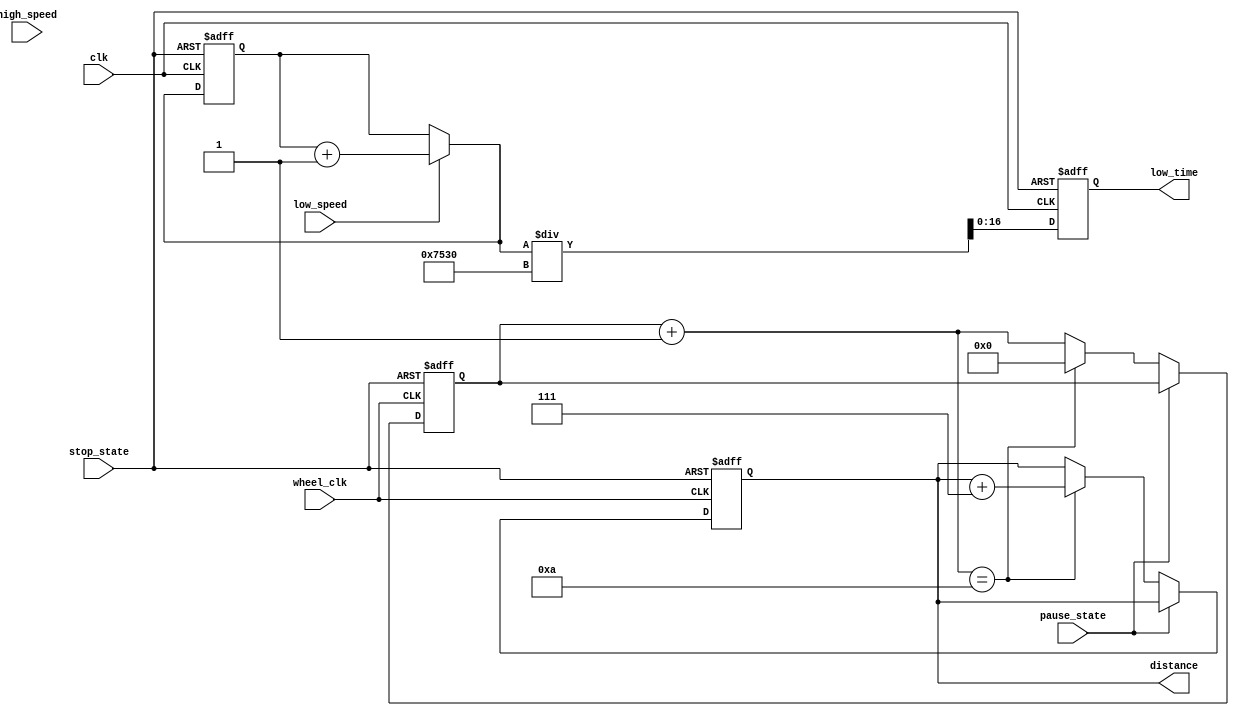
module taxi_distance_ptime(high_speed, low_speed, pause_state, stop_state, wheel_clk, clk, distance, low_time);
	input high_speed, low_speed, pause_state, stop_state, wheel_clk, clk;
	output reg [16:0] low_time, distance;
	
	reg [4:0] wheel_counter2;
	reg [19:0] clk_counter2; //low speed time

	initial begin
		low_time = 0;
		distance = 0;
		wheel_counter2 = 0;
		clk_counter2 = 0;
	end
	
	//distance
	always@(posedge wheel_clk or posedge stop_state)begin
		if(stop_state) begin 
			distance = 0;
			wheel_counter2 = 0;
		end
		else begin
			if(!pause_state)begin
				wheel_counter2 = wheel_counter2 + 1;
				if(wheel_counter2 == 10)begin //107
					distance = distance + 7;
					wheel_counter2 = 0;
				end
			end
		end
		
	end
	
	//low speed time
	always@(posedge clk or posedge stop_state)begin
		if(stop_state)begin
			low_time = 0;
			clk_counter2 = 0;
		end
		else begin
			if(low_speed) clk_counter2 = clk_counter2 + 1;
			low_time = clk_counter2/30000; //30000cycle5
		end
	end
endmodule